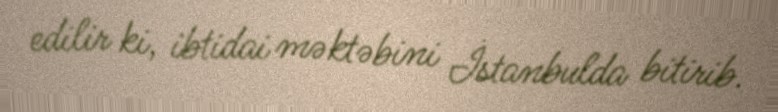
edilir ki, ibtidai məktəbini İstanbulda bitirib.